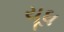
યૂધ